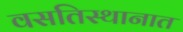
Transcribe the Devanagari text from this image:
वसतिस्थानात